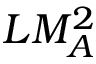
L M _ { A } ^ { 2 }